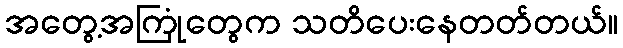
အတွေ့အကြုံတွေက သတိပေးနေတတ်တယ်။